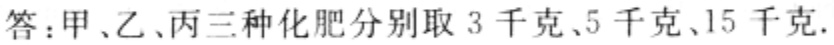
答：甲、乙、丙三种化肥分别取 3 千克、5 千克、15 千克.